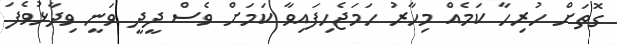
ގޮތަށް ހުރިހާ ކަމެއް މިހާރު ހަމަޖެހިފައިވާ ކަމަށް ވެސް ދީދީ ވަނީ ވިދާޅުވެފަ